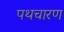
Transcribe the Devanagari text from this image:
पथचारण